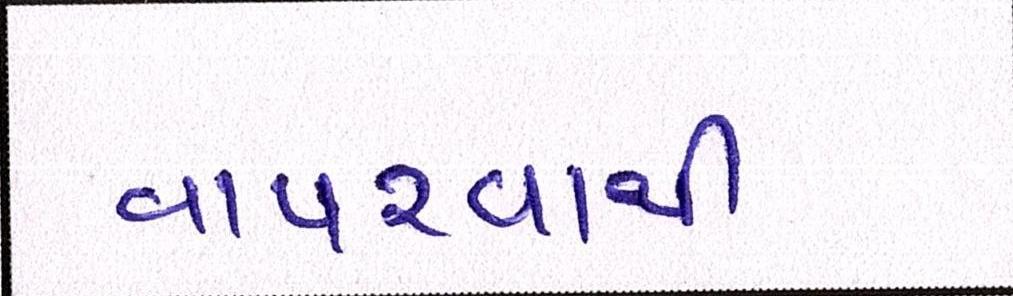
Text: વાપરવાથી